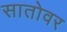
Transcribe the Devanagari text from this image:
सातोवर